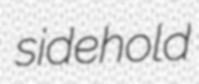
sidehold